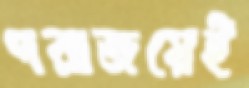
পরাজয়েই